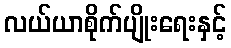
လယ်ယာစိုက်ပျိုးရေးနှင့်